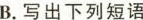
B.写出下列短语